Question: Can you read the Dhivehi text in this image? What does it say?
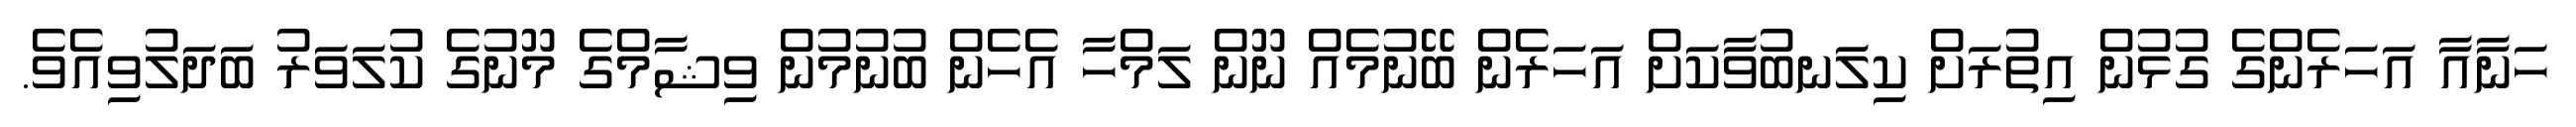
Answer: ހަނާއާ އަހަރެންގެ ގުޅުން އިތުރަށް ކިލަނބުވާކަށް އަހަރެން ބޭނުމެއް ނޫން ލަމްހާ އެހެން ބުނުމުން ވިޝާމްގެ މޫނުގެ ކުލަވަރު ބަދަލުވިއެވެ.